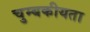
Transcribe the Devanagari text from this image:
चुम्बकीयता